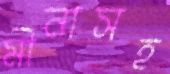
মীনাসহ